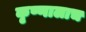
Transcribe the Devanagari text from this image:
कृष्णालाच